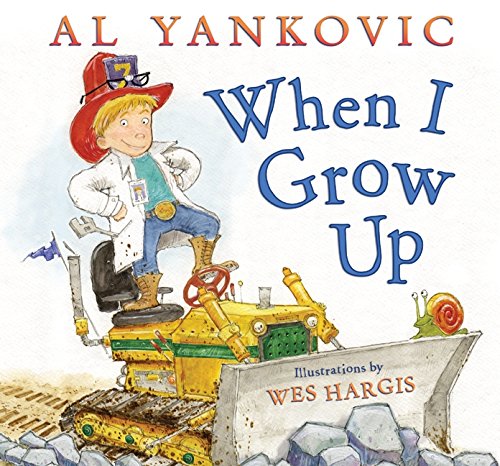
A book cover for When I Grow Up; Al Yankovic; Children's Books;